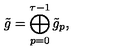
\tilde { g } = \bigoplus _ { p = 0 } ^ { \tau - 1 } \tilde { g } _ { p } ,